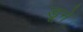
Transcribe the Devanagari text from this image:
डूने